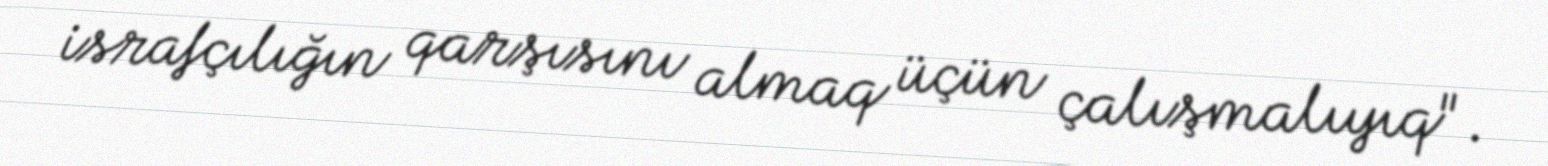
israfçılığın qarşısını almaq üçün çalışmalıyıq".